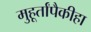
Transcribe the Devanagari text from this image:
मुहूर्तांपैकीहा